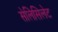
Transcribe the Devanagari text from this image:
सेलिसिलेट